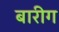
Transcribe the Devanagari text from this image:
बारीग